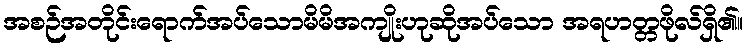
အစဉ်အတိုင်းရောက်အပ်သောမိမိအကျိုးဟုဆိုအပ်သော အရဟတ္တဖိုလ်ရှိ၏။